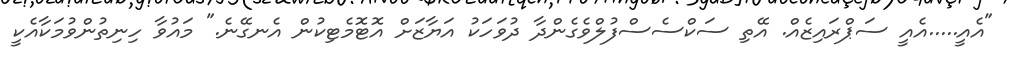
"އެއީ.....އެއީ ސަޕްރައިޒެއް. އޭތި ސަކްސެސްފުލްވެގެންދާ ދުވަހަކު އަޔާޒަށް އޮޓޮމެޓިކުން އެނގޭނެ." މައުވާ ހިނިތުންވުމަކާއެކީ